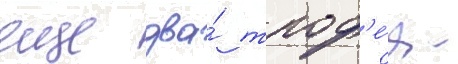
еще два́ троф'е́я -